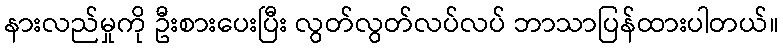
နားလည်မှုကို ဦးစားပေးပြီး လွတ်လွတ်လပ်လပ် ဘာသာပြန်ထားပါတယ်။